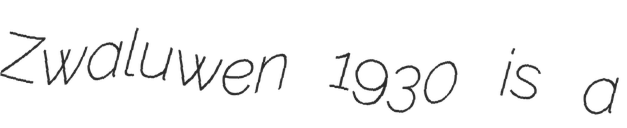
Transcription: Zwaluwen 1930 is a